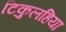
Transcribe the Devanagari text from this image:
टिकुलहिया